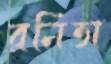
রনিতা